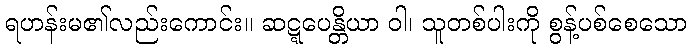
ရဟန်းမ၏လည်းကောင်း။ ဆဋ္ဋပေန္တိယာ ဝါ၊ သူတစ်ပါးကို စွန့်ပစ်စေသော